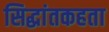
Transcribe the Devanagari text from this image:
सिद्धांतकहता